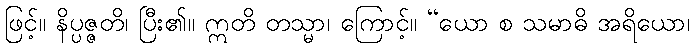
ဖြင့်။ နိပ္ပဇ္ဇတိ၊ ပြီး၏။ ဣတိ တသ္မာ၊ ကြောင့်။ “ယော စ သမာဓိ အရိယော၊